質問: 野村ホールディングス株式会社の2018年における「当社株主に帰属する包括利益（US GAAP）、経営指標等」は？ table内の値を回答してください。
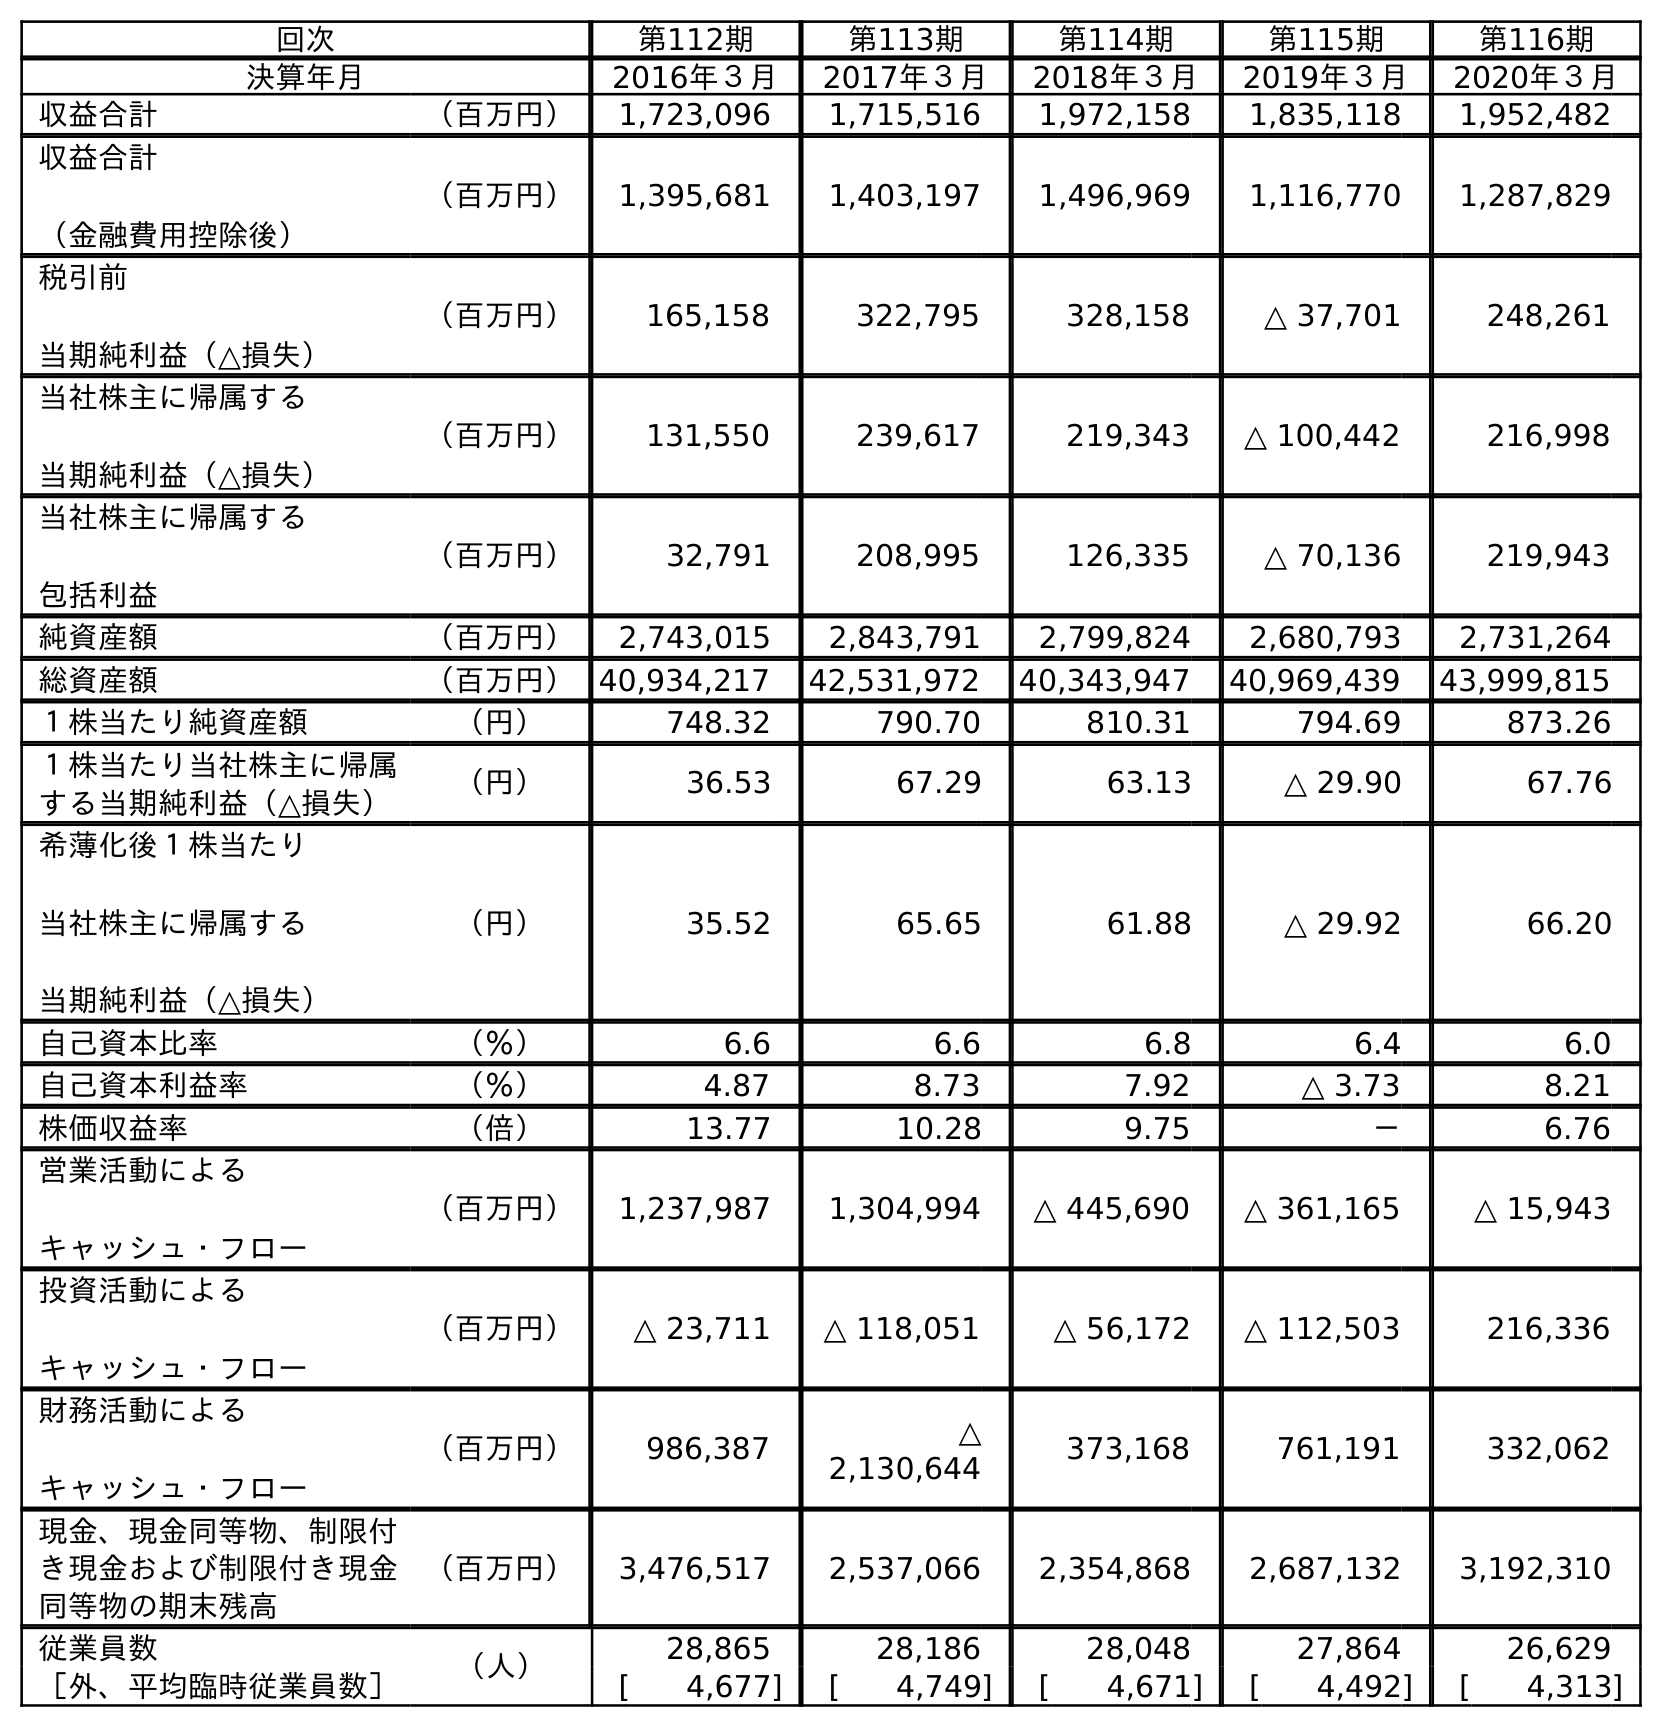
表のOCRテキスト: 回次 第112期 第113期 第114期 第115期 第116期 決算年月 2016年３月 2017年３月 2018年３月 2019年３月 2020年３月 収益合計 （百万円） 1,723,096 1,715,516 1,972,158 1,835,118 1,952,482 収益合計 （金融費用控除後） （百万円） 1,395,681 1,403,197 1,496,969 1,116,770 1,287,829 税引前 当期純利益（△損失） （百万円） 165,158 322,795 328,158 △ 37,701 248,261 当社株主に帰属する 当期純利益（△損失） （百万円） 131,550 239,617 219,343 △ 100,442 216,998 当社株主に帰属する 包括利益 （百万円） 32,791 208,995 126,335 △ 70,136 219,943 純資産額 （百万円） 2,743,015 2,843,791 2,799,824 2,680,793 2,731,264 総資産額 （百万円）40,934,217 42,531,972 40,343,947 40,969,439 43,999,815 １株当たり純資産額 （円） 748.32 790.70 810.31 794.69 873.26 １株当たり当社株主に帰属 する当期純利益（△損失） （円） 36.53 67.29 63.13 △ 29.90 67.76 希薄化後１株当たり 当社株主に帰属する 当期純利益（△損失） （円） 35.52 65.65 61.88 △ 29.92 66.20 自己資本比率 （％） 6.6 6.6 6.8 6.4 6.0 自己資本利益率 （％） 4.87 8.73 7.92 △ 3.73 8.21 株価収益率 （倍） 13.77 10.28 9.75 － 6.76 営業活動による キャッシュ・フロー （百万円） 1,237,987 1,304,994 △ 445,690 △ 361,165 △ 15,943 投資活動による キャッシュ・フロー （百万円） △ 23,711 △ 118,051 △ 56,172 △ 112,503 216,336 財務活動による キャッシュ・フロー （百万円） 986,387 △ 2,130,644 373,168 761,191 332,062 現金、現金同等物、制限付 き現金および制限付き現金 同等物の期末残高 （百万円） 3,476,517 2,537,066 2,354,868 2,687,132 3,192,310 従業員数 （人） 28,865 28,186 28,048 27,864 26,629 ［外、平均臨時従業員数］ [ 4,677] [ 4,749] [ 4,671] [ 4,492] [ 4,313]
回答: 126,335